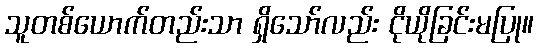
သူတစ်ယောက်တည်းသာ ရှိသော်လည်း ငိုယိုခြင်းမပြု။